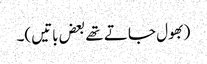
(بھول جاتے تھے بعض باتیں)۔